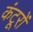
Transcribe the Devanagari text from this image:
कंटूरों